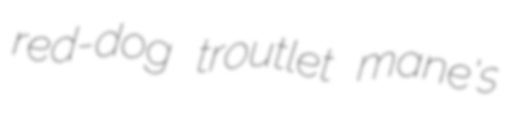
red-dog troutlet mane's